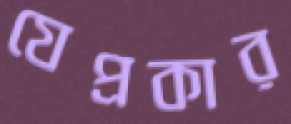
যেপ্রকার